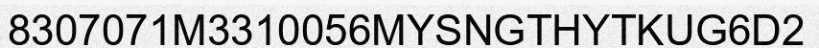
8307071M3310056MYSNGTHYTKUG6D2